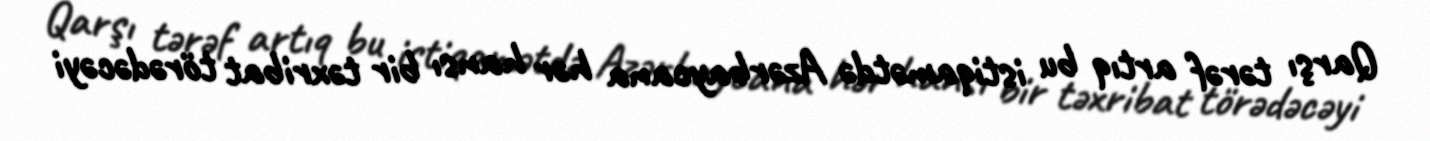
Qarşı tərəf artıq bu istiqamətdə Azərbaycana hər hansı bir təxribat törədəcəyi